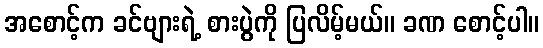
အစောင့်က ခင်ဗျားရဲ့ စားပွဲကို ပြလိမ့်မယ်။ ခဏ စောင့်ပါ။